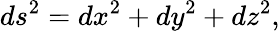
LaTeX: ds^{2}=dx^{2}+dy^{2}+dz^{2},